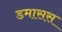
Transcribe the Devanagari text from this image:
डमासस